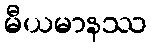
မီယမာနဿ